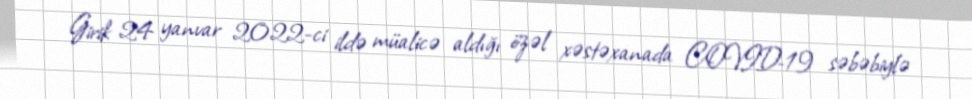
Girik 24 yanvar 2022-ci ildə müalicə aldığı özəl xəstəxanada COVID-19 səbəbiylə